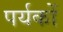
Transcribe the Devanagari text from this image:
पर्यकों